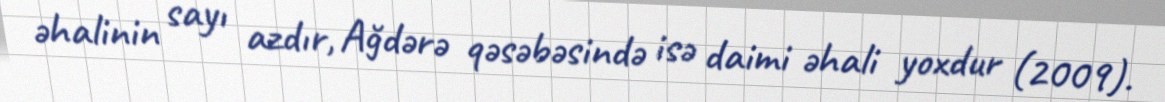
əhalinin sayı azdır, Ağdərə qəsəbəsində isə daimi əhali yoxdur (2009).